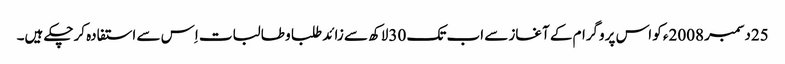
25دسمبر 2008ء کو اس پروگرام کے آغاز سے اب تک 30لاکھ سے زائد طلبا و طالبات اِس سے استفادہ کرچکے ہیں۔